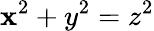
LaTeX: \mathbf{x}^{2}+y^{2}=z^{2}